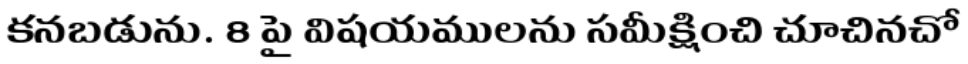
కనబడును. 8 పై విషయములను సమీక్షించి చూచినచో